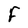
Character: F